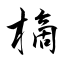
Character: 樀